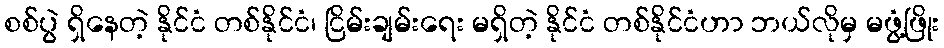
စစ်ပွဲ ရှိနေတဲ့ နိုင်ငံ တစ်နိုင်ငံ၊ ငြိမ်းချမ်းရေး မရှိတဲ့ နိုင်ငံ တစ်နိုင်ငံဟာ ဘယ်လိုမှ မဖွံ့ဖြိုး